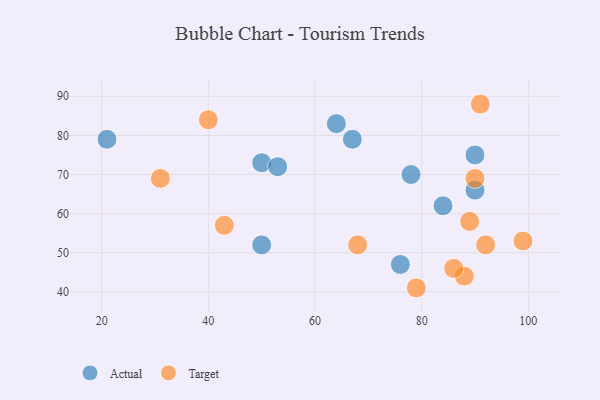
{"axis": {"x": "GDP", "y": "Life Expectancy"}, "legend": ["Actual", "Target"], "data": [{"x": "67", "y": 79, "type": "Actual"}, {"x": "90", "y": 75, "type": "Actual"}, {"x": "64", "y": 83, "type": "Actual"}, {"x": "50", "y": 52, "type": "Actual"}, {"x": "90", "y": 66, "type": "Actual"}, {"x": "21", "y": 79, "type": "Actual"}, {"x": "84", "y": 62, "type": "Actual"}, {"x": "50", "y": 73, "type": "Actual"}, {"x": "53", "y": 72, "type": "Actual"}, {"x": "76", "y": 47, "type": "Actual"}, {"x": "78", "y": 70, "type": "Actual"}, {"x": "90", "y": 69, "type": "Target"}, {"x": "91", "y": 88, "type": "Target"}, {"x": "31", "y": 69, "type": "Target"}, {"x": "89", "y": 58, "type": "Target"}, {"x": "99", "y": 53, "type": "Target"}, {"x": "88", "y": 44, "type": "Target"}, {"x": "43", "y": 57, "type": "Target"}, {"x": "68", "y": 52, "type": "Target"}, {"x": "92", "y": 52, "type": "Target"}, {"x": "79", "y": 41, "type": "Target"}, {"x": "86", "y": 46, "type": "Target"}, {"x": "40", "y": 84, "type": "Target"}]}